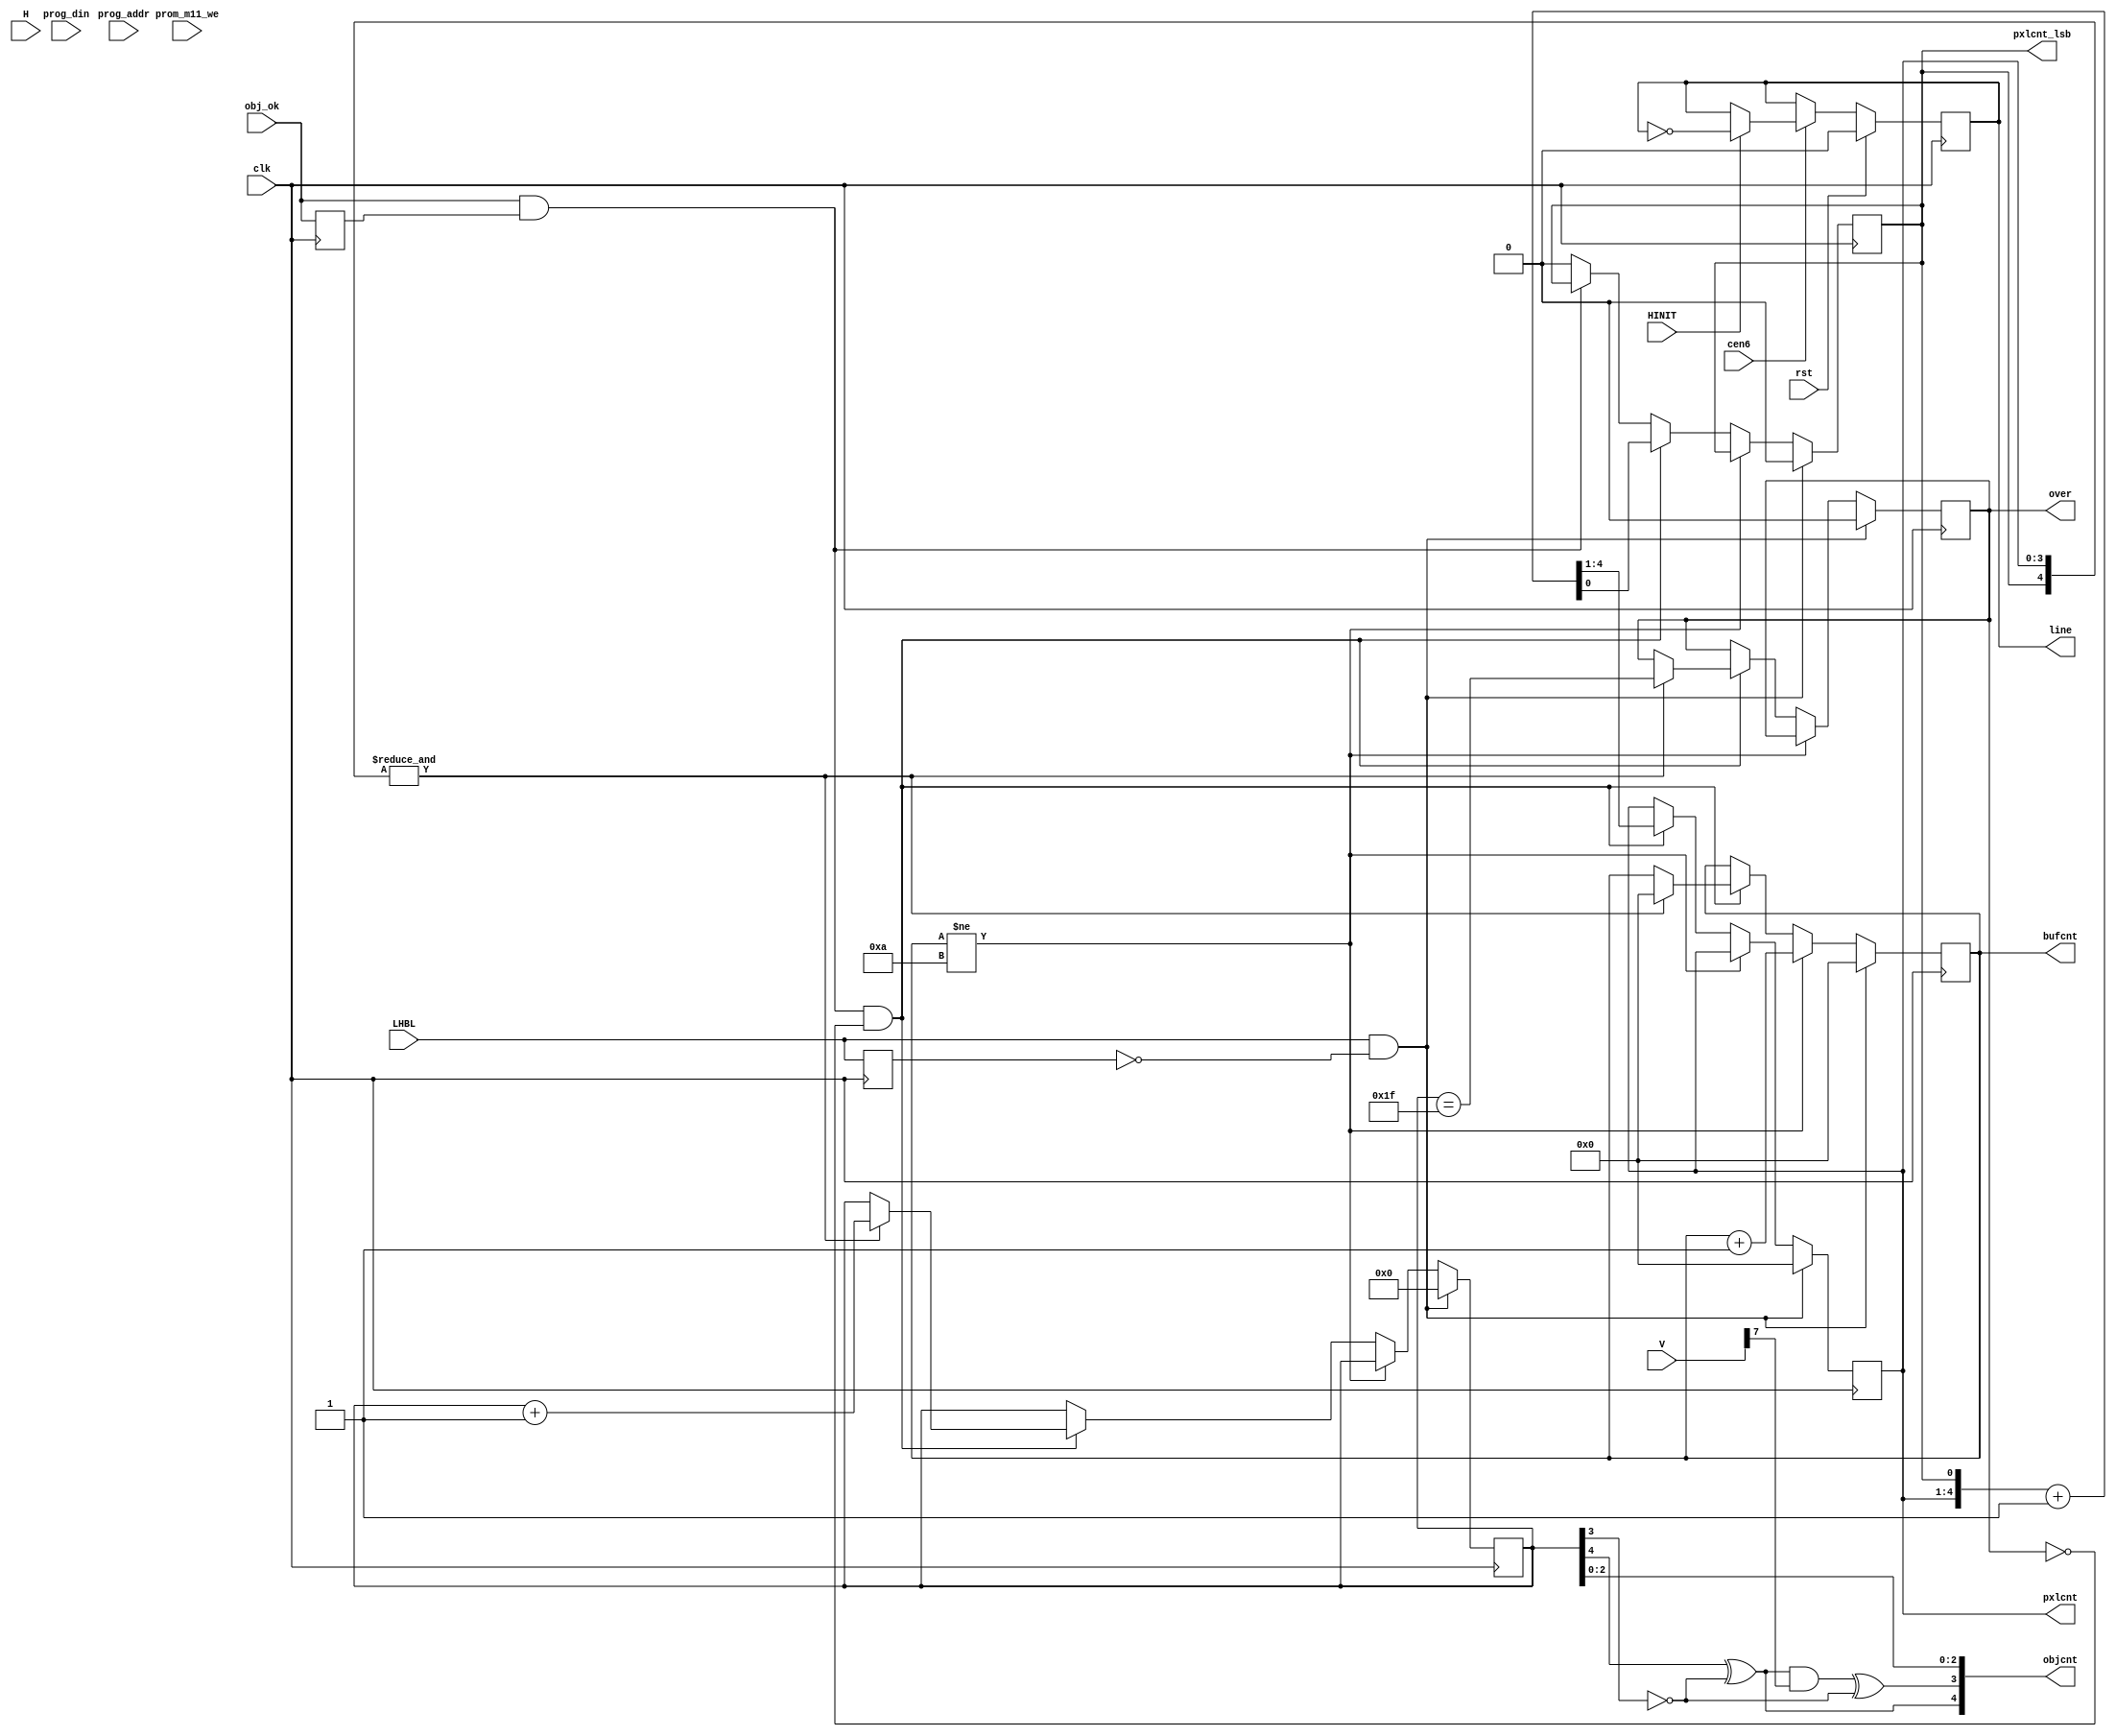

/*  This file is part of JT_GNG.
    JT_GNG program is free software: you can redistribute it and/or modify
    it under the terms of the GNU General Public License as published by
    the Free Software Foundation, either version 3 of the License, or
    (at your option) any later version.

    JT_GNG program is distributed in the hope that it will be useful,
    but WITHOUT ANY WARRANTY; without even the implied warranty of
    MERCHANTABILITY or FITNESS FOR A PARTICULAR PURPOSE.  See the
    GNU General Public License for more details.

    You should have received a copy of the GNU General Public License
    along with JT_GNG.  If not, see <http://www.gnu.org/licenses/>.

    Author: Jose Tejada Gomez. Twitter: @topapate
    Version: 1.0
    Date: 20-1-2019 */

// 1942 Object Generation


module jt1942_objtiming(
    input              rst,
    input              clk,
    input              cen6,    //  6 MHz
    // screen
    input   [7:0]      V,
    input   [8:0]      H,
    input              LHBL,
    input              HINIT,
    input              obj_ok,
    output reg [3:0]   pxlcnt,
    output reg [4:0]   objcnt,
    output reg [3:0]   bufcnt,
    output reg         line,
    output reg         pxlcnt_lsb,
    output reg         over,
    // Timing PROM
    input   [7:0]      prog_addr,
    input              prom_m11_we,
    input   [1:0]      prog_din
);

parameter LAYOUT=0;
localparam VULGUS=LAYOUT!=0;

reg last_LHBL, okdly;
wire rom_good = obj_ok & okdly;
wire posedge_LHBL = LHBL && !last_LHBL;
reg [4:0] auxcnt;

generate
    if( LAYOUT==0 ) begin : part_screen
        always @(*) begin
            objcnt[2:0] = auxcnt[2:0];
            objcnt[4] = auxcnt[4] ^ ~auxcnt[3];
            objcnt[3] = (objcnt[4] & V[7]) ^ ~auxcnt[3];
        end
    end else begin : cont_screen
        always @(*) objcnt = auxcnt;
    end
endgenerate

always @(posedge clk) begin
    last_LHBL <= LHBL;
    okdly     <= obj_ok;
    if( posedge_LHBL ) begin
        pxlcnt    <= 4'd0;
        over      <= 1'b0;
        bufcnt    <= 3'b0;
        pxlcnt_lsb<= 1'b0;
        auxcnt    <= 5'd0;
    end else begin // image scan
        if(bufcnt!=4'b1010)
            bufcnt <= bufcnt+4'd1;
        else if(rom_good && !over ) begin
            {pxlcnt, pxlcnt_lsb} <= {pxlcnt,pxlcnt_lsb}+5'd1;
            if( &{pxlcnt,pxlcnt_lsb} ) begin
                bufcnt <= 4'd0;
                if( VULGUS ) begin
                    over   <= auxcnt == 5'h17;
                    auxcnt <= auxcnt + 5'h1;
                end else begin // 1942
                    auxcnt <= auxcnt+5'h1;
                    over   <= auxcnt == 5'h1f;
                end
            end
        end
        else if(!rom_good) pxlcnt_lsb <= 1'b0;
    end
end

always @(posedge clk) begin
    if( rst )
        line <= 1'b0;
    else if(cen6) begin
        if( HINIT ) line <= ~line;
    end
end

// 1942: left part of the vertical screen (V[7]==1) read in inverse
// order from right part so the 1942 logo effect occurs.
// Vulgus: objects 0 to 17 only

/* Original sequence
`ifdef VULGUS
reg vulgus_sr;
always @(posedge clk, posedge rst)
    if( rst ) begin
        vulgus_sr  <= 1'b1;
        objcnt[4:3] <= 2'b0;
    end else if(cen6) begin
        if( &H[6:4]==1'b1 && pxlcnt==4'd7 ) begin
            { vulgus_sr, objcnt[4:3] } <= { objcnt[4:3], vulgus_sr };
        end
    end
`endif
always @(*) begin
    // This is the original scan sequence of each game, that counts objects
    `ifdef VULGUS
        // scan sequence measured on real PCB. Region objcnt[4:3]==2'b11 is not scanned.
        objcnt[2:0] = H[6:4];
    `else
        // 1942 scan sequence from schematics
        objcnt[4] = H[8]^~H[7];
        objcnt[3] = (V[7] & objcnt[4]) ^ ~H[7];
        objcnt[2:0] = H[6:4];
    `endif
end
*/

endmodule // jt1942_obj